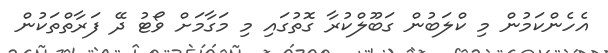
އެހެންކަމުން މި ކްލަބުން ގަބޫލްކުރާ ގޮތުގައި މި މަގާމަށް ވޯޓު ދޭ ފަރާތްތަކުން